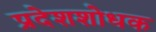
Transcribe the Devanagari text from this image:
प्रदेशशोधक